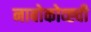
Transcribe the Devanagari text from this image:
नाबोकोव्ह्ची